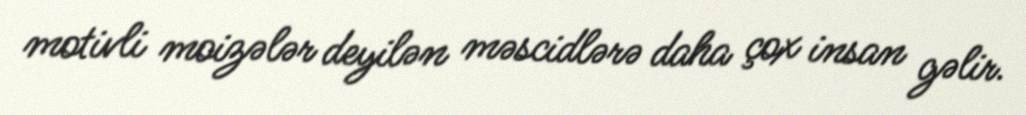
motivli moizələr deyilən məscidlərə daha çox insan gəlir.